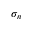
\sigma _ { n }